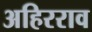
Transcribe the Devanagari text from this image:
अहिरराव